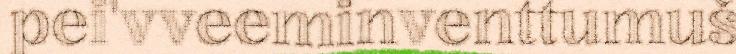
pei'vveeminventtumuš